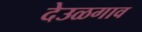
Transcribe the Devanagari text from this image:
देउळगाव